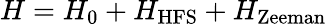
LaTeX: H=H_{\mathrm{{0}}}+H_{\mathrm{{HFS}}}+H_{\mathrm{{Zeeman}}}